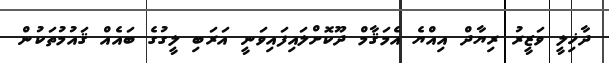
ދާޚިލީ ވަޒީރު ރިޔާދް އިއްޔެ އެމަޤާމް ދޫކޮށްލައިފައިވަނީ އަރަބި ލީގުގެ ބައެއް ޤައުމުތަކުން